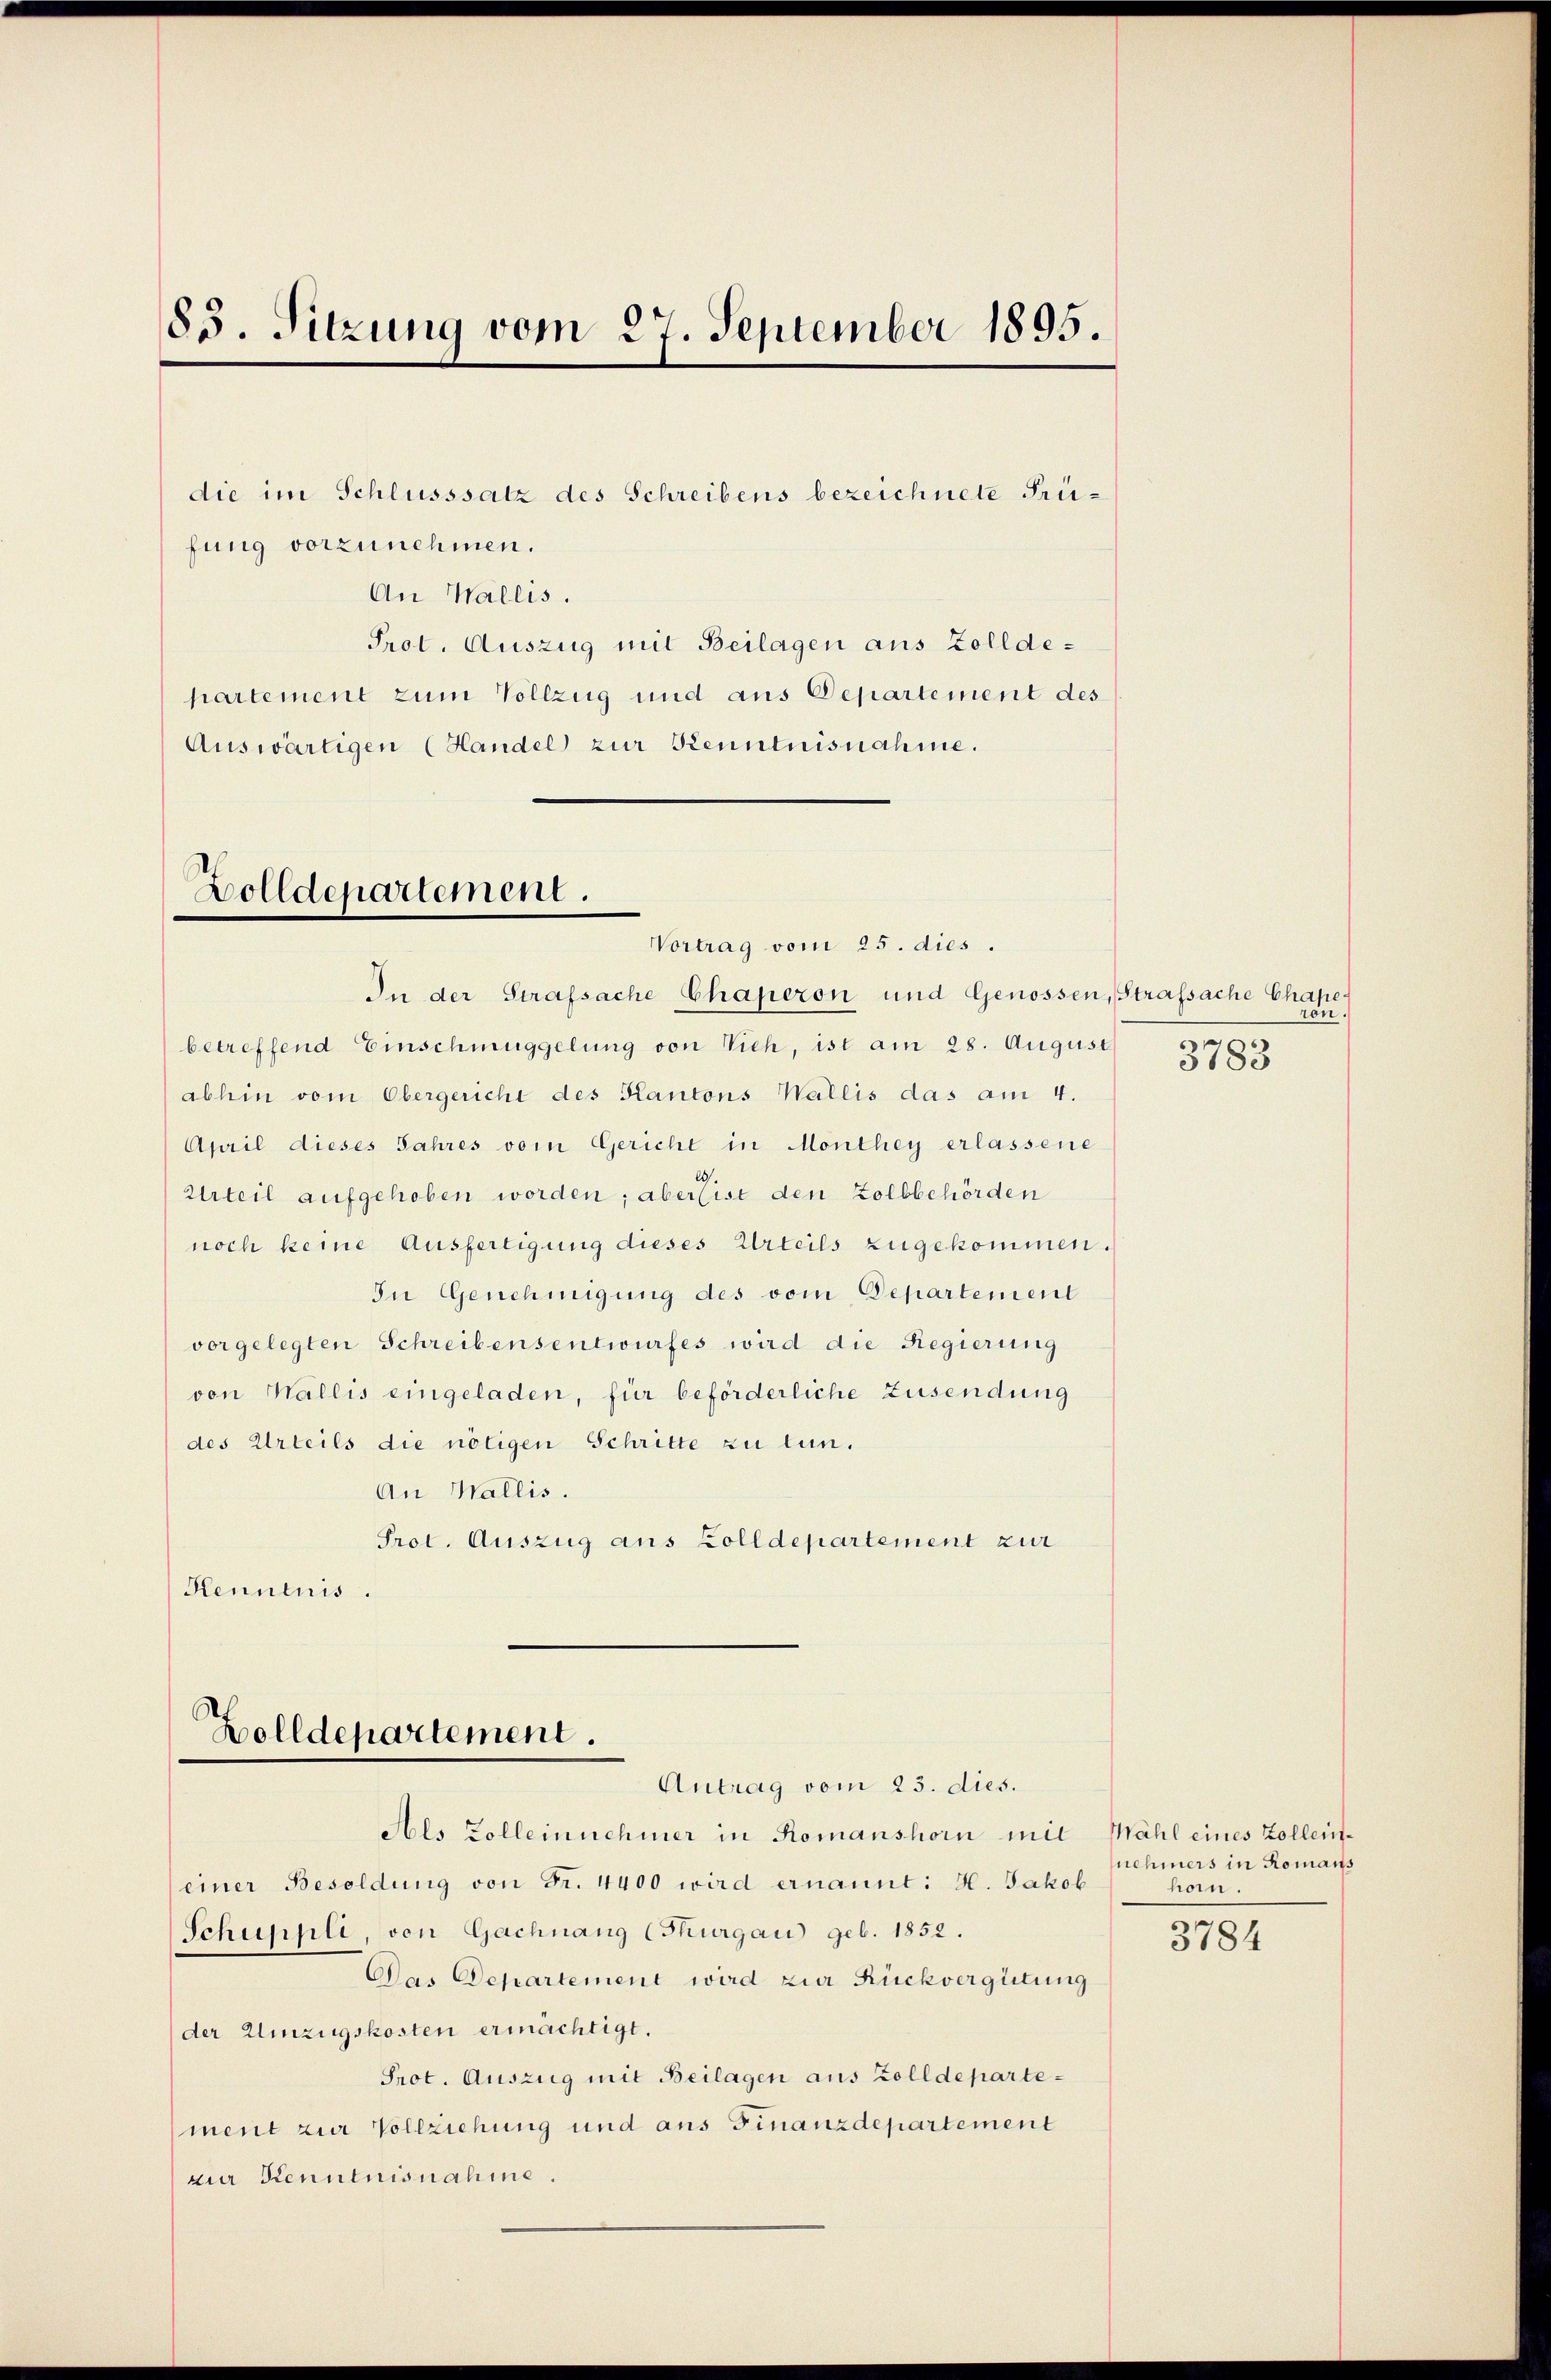
83. Sitzung vom 27. September 1895.

die im Schlusssatz des Schreibens bezeichnete Frei-
fung vorzunehmen.
An Wallis.
Prot. Auszug mit Beilagen aus Zolldepartement zum Vollzug und aus Departement des
Auswärtigen (Handel zur Kenntnisnahme.

Zolldepartement.

Vortrag vom 25. dies.
In der Strafsache Chaperon und Genossen, Strafsache Chape-
betreffend Einschmuggelung von Vieh, ist am 28. August
abhin vom Obergericht des Kantons Wallis das am 4.
April dieses Jahres vom Gericht in Monthey erlassene
Urteil aufgehoben worden; aber ist den Zollbehörden
noch keine Ausfertigung dieses Urteils zugekommen.
In Genehmigung des vom Departement
vorgelegten Schreibensentwurfes wird die Regierung
von Wallis eingeladen, für beförderliche Zusendung
des Urteils die nötigen Schritte zu tun.
An Wallis.
Prot. Auszug aus Zolldepartement zur
Kenntnis.

Als Zolleinnehmer in Romanshorn mit
einer Besoldung von Fr. 4400 wird ernannt: H. Jakob
Schuppli, von Gachnang (Thurgau geb. 1852.
Das Departement wird zur Rückvergütung
der Einzugskosten ermächtigt.
Prot. Auszug mit Beilagen aus Zolldepartement zur Vollziehung und aus Finanzdepartement
zin Kenntnisnahme.

Holldepartement.
Antrag vom 23. dies.

ron.

3783

Wahl eines Zolleinnehmers in Romans
hoin.

3784